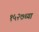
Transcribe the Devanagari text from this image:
१५२७च्या